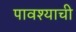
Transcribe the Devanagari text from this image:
पावश्याची